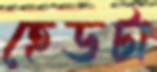
হেডটা